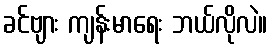
ခင်ဗျား ကျန်းမာရေး ဘယ်လိုလဲ။